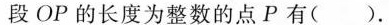
段OP的长度为整数的点P有( ).